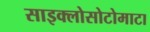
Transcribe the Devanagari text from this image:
साइक्लोसोटोमाटा